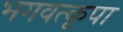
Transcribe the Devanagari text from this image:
भगवत्कृपा